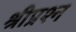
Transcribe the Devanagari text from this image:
श्रीप्रश्न